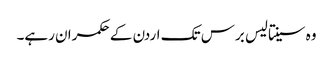
وہ سینتالیس برس تک اردن کے حکمران رہے۔